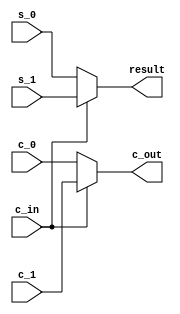


module Mux_10to5(s_0, s_1, c_0, c_1, c_in, result, c_out);
	input [3:0] s_0, s_1;
	input c_0, c_1;
	input c_in;
	
	output [3:0] result;
	output c_out;
	
	assign result = c_in ? s_1 : s_0;
	assign c_out = c_in ? c_1 : c_0;

endmodule